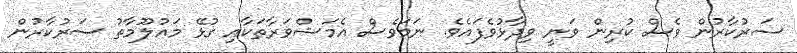
ސަރުކާރުން ވެސް ކުރިން ވަނީ ވިދާޅުވެފައެވެ. ނަމަވެސް އެމަޝްވަރާތަކާއި ގުޅޭ މައުލޫމާތު ސަރުކާރުން